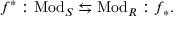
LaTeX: f ^ { * } : { \mathrm { M o d } } _ { S } \leftrightarrows { \mathrm { M o d } } _ { R } : f _ { * } .